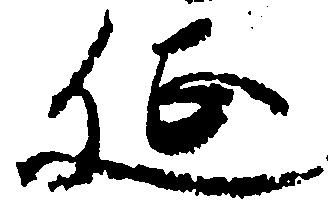
延